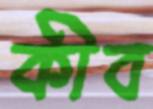
কীব